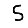
Digit: 5